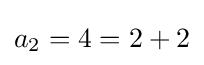
a_{2}=4=2+2